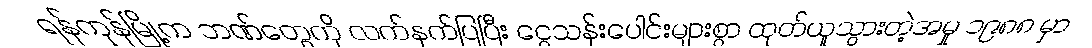
ရန်ကုန်မြို့က ဘဏ်တွေကို လက်နက်ပြပြီး ငွေသန်းပေါင်းများစွာ ထုတ်ယူသွားတဲ့အမှု ၁၉၈၈ မှာ